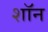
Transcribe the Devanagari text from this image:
शाॅन